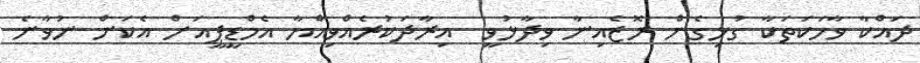
ދައްކާ ވާހަކަތަކާ ގުޅިގެން ރޮޒެއިނާ ވިދާޅުވީ  އިރާދަކުރެއްވިއްޔާ އެމްޑީޕީއަށް އެކަން ނުވާނެ